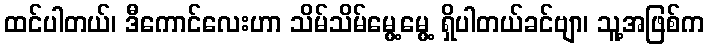
ထင်ပါတယ်၊ ဒီကောင်လေးဟာ သိမ်သိမ်မွေ့မွေ့ ရှိပါတယ်ခင်ဗျာ၊ သူ့အဖြစ်က